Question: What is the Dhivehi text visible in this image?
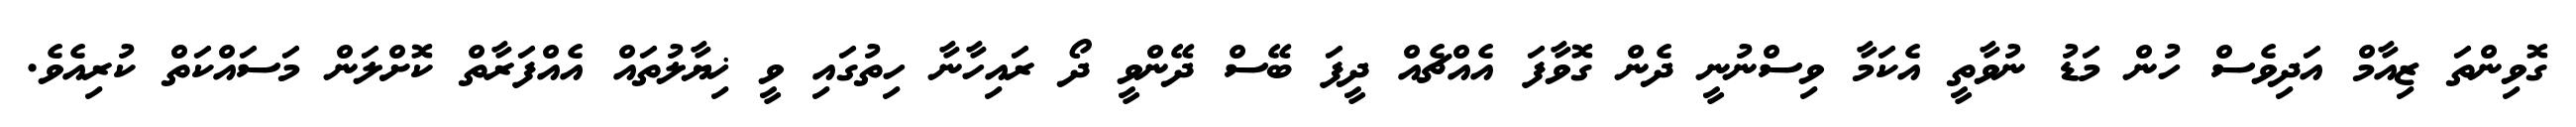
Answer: ގޮވިންތަ ޒިއާމް އަދިވެސް ހުން މަޑު ނުވާތީ އެކަމާ ވިސްނުނީ ދެން ގޮވާފަ އެއްޗެއް ދީފަ ބޭސް ދޭންވީ ދޯ ރައިހާނާ ހިތުގައި ވީ ޚިޔާލުތައް އެއްފަރާތް ކޮށްލަން މަސައްކަތް ކުރިއެވެ.